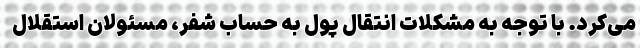
می‌کرد. با توجه به مشکلات انتقال پول به حساب شفر، مسئولان استقلال